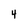
Character: 4